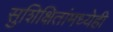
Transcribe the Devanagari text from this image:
सुशिक्षितांमध्येही